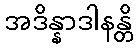
အဒိန္နာဒါနန္တိ